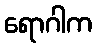
ရောဂါက